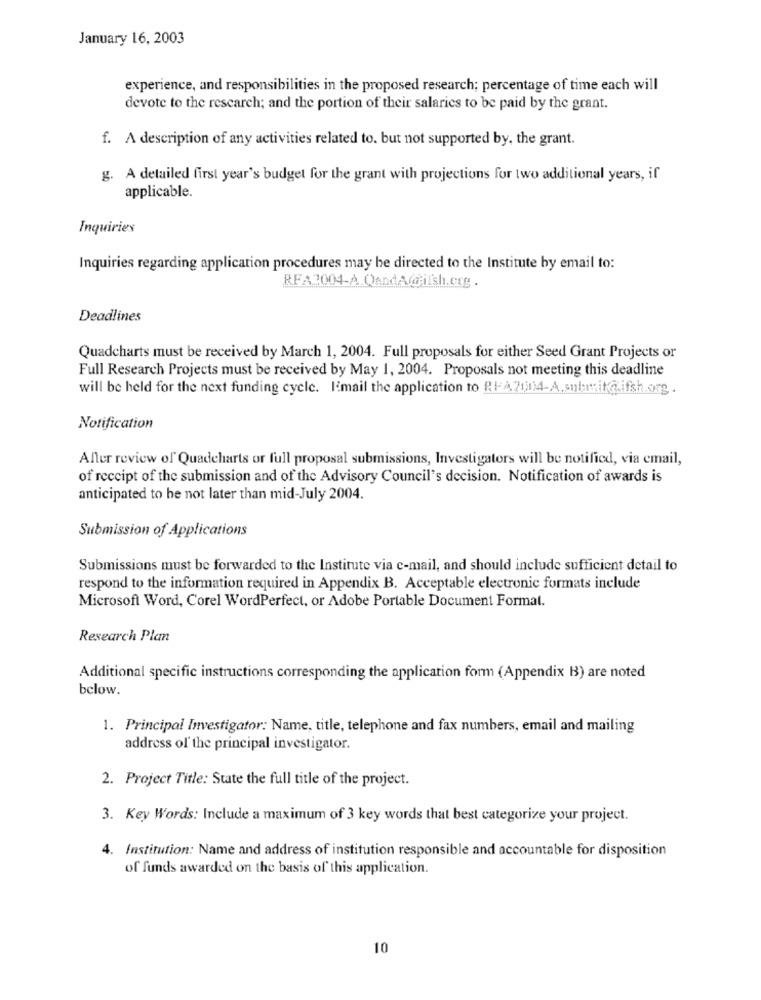
January 16, 2003
experience, and responsibilities in the proposed research; percentage of time each will
devote to the rescarch; and the portion of their salaries to be paid by the grant.
f. A description of any activities related to. but not supported by, the grant.
g. A detailed first year's budget for the grant with projections for two additional years, if
applicable.
Inquiries
Inquiries regarding application procedures may be directed to the Institute by email to:
RFA2004-A QAndA@@ilsh.crg .
Deadlines
Quadcharts must be received by March 1, 2004. Full proposals for either Seed Grant Projects or
Full Research Projects must be received by May 1, 2004. Proposals not meeting this deadline
will be held for the next funding cycle. Imail the application to RIA7004-A.snur;it@.ifsh.org
Notification
Aller review of Quadcharts or full proposal submissions, Investigators will be notified, via email,
of receipt of the submission and of the Advisory Council's decision. Notification of awards is
anticipated to be not later than mid-July 2004.
Submission of Applications
Submissions must be forwarded to the Institute via e-mail, and should include sufficient detail to
respond to the information required in Appendix B. Acceptable electronic formats include
Microsoft Word, Corel WordPerfect, or Adobe Portable Document Format.
Research Plan
Additional specific instructions corresponding the application form (Appendix B) are noted
below.
1. Principal Investigator: Name, title, telephone and fax numbers, email and mailing
address of the principal investigator.
2. Project Title: State the full title of the project.
3. Key Words: Include a maximum of 3 key words that best categorize your project.
4. Institution: Name and address of institution responsible and accountable for disposition
of funds awarded on the basis of this application.
10